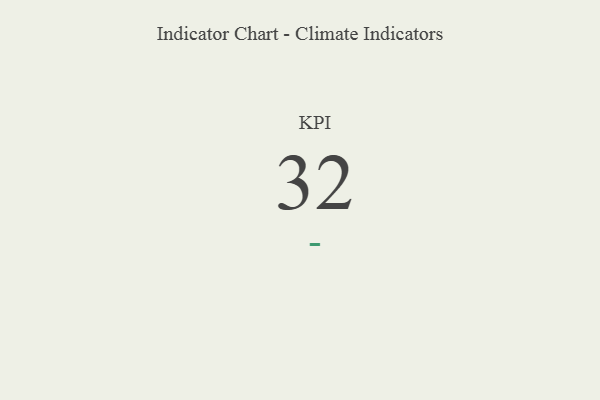
{"axis": {"x": "KPI", "y": "Value"}, "legend": [""], "data": [{"x": "KPI", "y": 32, "type": ""}]}